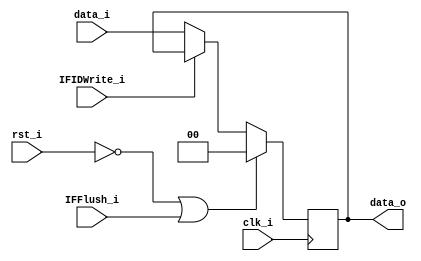
//0312236  0312241 
//Subject:     CO project 4 - Pipe CPU 1
//--------------------------------------------------------------------------------
//Version:     1
//--------------------------------------------------------------------------------
//Writer:      
//----------------------------------------------
//Date:        
//----------------------------------------------
//Description: 
//--------------------------------------------------------------------------------
module Pipe_Reg_IFID(
                    clk_i,
					rst_i,
					IFIDWrite_i,
					IFFlush_i,
					data_i,
					data_o
					);
					
parameter size = 0;

input               clk_i;		  
input				rst_i;
input               IFIDWrite_i;
input               IFFlush_i;
input      [size-1: 0] data_i;
output reg [size-1: 0] data_o;
	  
always @(posedge clk_i) begin
    if(~rst_i || IFFlush_i == 1'b1)	// IF.Flush, zero the instruction field
        data_o <= 0;
	else if(IFIDWrite_i == 1'b1)	// stall a clock cycle, same ifid registers
		data_o <= data_o;
    else
        data_o <= data_i;
/*		
	if(~rst_i)	// IF.Flush, zero the instruction field
        data_o <= 0;
    else
        data_o <= data_i;
		
*/
end

endmodule